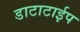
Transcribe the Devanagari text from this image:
डाटाटाईप